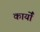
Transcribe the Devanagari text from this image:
कार्योँ